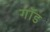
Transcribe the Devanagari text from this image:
गाॅड